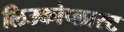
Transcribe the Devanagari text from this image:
लिउकोप्लास्ट